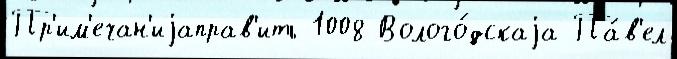
Пр'им'ечан'иjаправ'ить 1008 Волого́дскаjа Па́в'ел